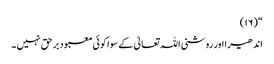
“ (١٦)
اندھیرا اور روشنی اللہ تعالیٰ کے سوا کوئی معبود بر حق نہیں ۔